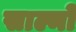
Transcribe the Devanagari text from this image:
साल्मो